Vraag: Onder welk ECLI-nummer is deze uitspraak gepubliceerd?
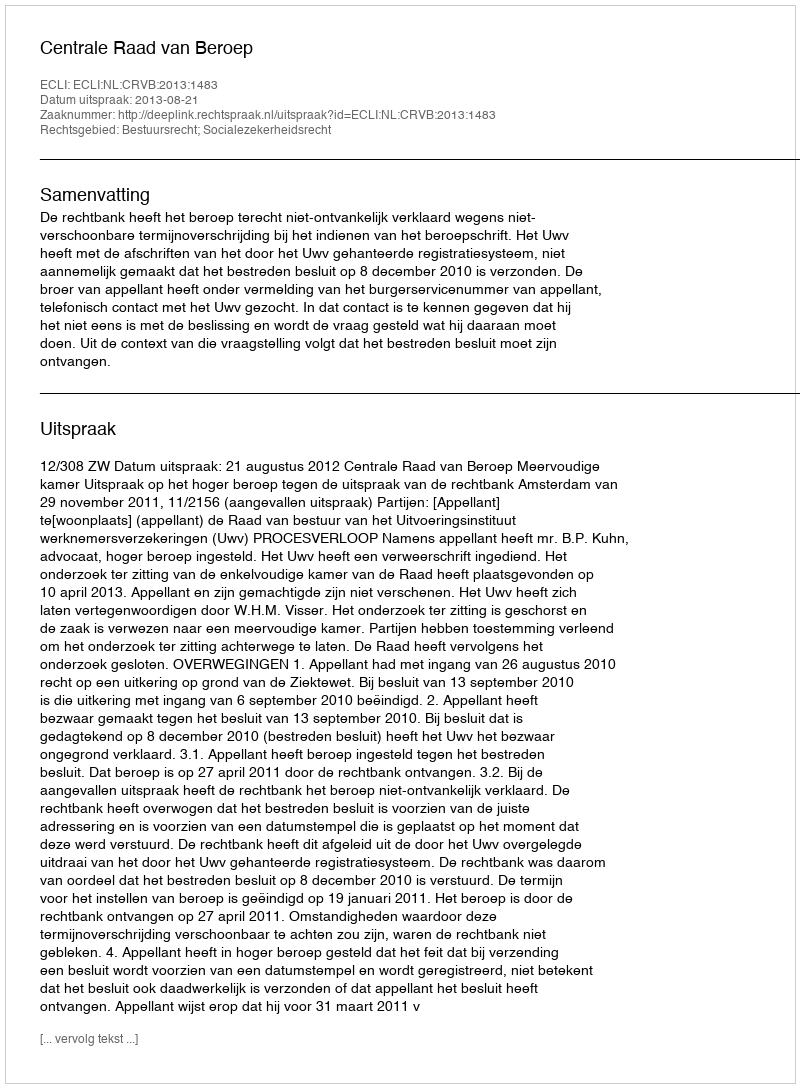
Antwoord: ECLI:NL:CRVB:2013:1483